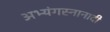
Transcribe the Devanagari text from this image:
अभ्यंगस्नानादी